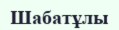
Шабатұлы